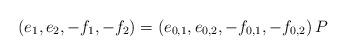
LaTeX: \begin{align*}(e_1,e_2,-f_1,-f_2)&=(e_{0,1},e_{0,2},-f_{0,1},-f_{0,2}) \, P\end{align*}